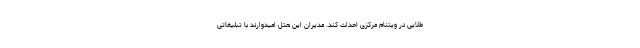
طلایی در ویتنام مرکزی احداث کند. مدیران این هتل امیدوارند با تبلیغاتی